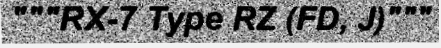
"""RX-7 Type RZ (FD, J)"""